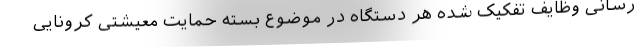
رسانی وظایف تفکیک شده هر دستگاه در موضوع بسته حمایت معیشتی کرونایی